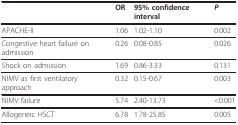
<table><thead><tr><td></td><td><b>OR</b></td><td><b>95% confidence interval</b></td><td><b><i>P</i></b></td></tr></thead><tbody><tr><td>APACHE-II</td><td>1.06</td><td>1.02-1.10</td><td>0.002</td></tr><tr><td>Congestive heart failure on admission</td><td>0.26</td><td>0.08-0.85</td><td>0.026</td></tr><tr><td>Shock on admission</td><td>1.69</td><td>0.86-3.33</td><td>0.131</td></tr><tr><td>NIMV as first ventilatory approach</td><td>0.32</td><td>0.15-0.67</td><td>0.003</td></tr><tr><td>NIMV failure</td><td>5.74</td><td>2.40-13.73</td><td>&lt;0.001</td></tr><tr><td>Allogeneic HSCT</td><td>6.78</td><td>1.78-25.85</td><td>0.005</td></tr></tbody></table>